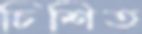
চিশিত